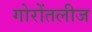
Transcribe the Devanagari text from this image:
गोरोंतलीज